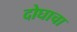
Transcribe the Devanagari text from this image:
दोघाचा